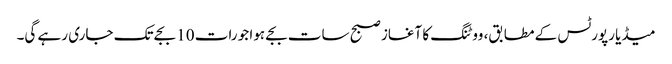
میڈیا رپورٹس کے مطابق، ووٹنگ کا آغاز صبح سات بجے ہوا جو رات 10 بجے تک جاری رہے گی۔